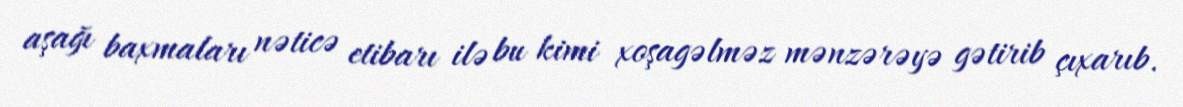
aşağı baxmaları nəticə etibarı ilə bu kimi xoşagəlməz mənzərəyə gətirib çıxarıb.